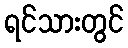
ရင်သားတွင်